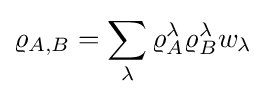
\varrho _{A,B}=\sum _{\lambda }\varrho _{A}^{\lambda }\varrho _{B}^{\lambda }w_{\lambda }